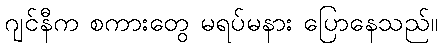
ဂျင်နီက စကားတွေ မရပ်မနား ပြောနေသည်။